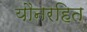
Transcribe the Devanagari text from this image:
यौनरहित